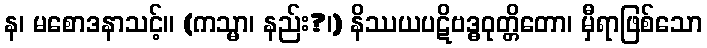
န၊ မစောဒနာသင့်။ (ကသ္မာ၊ နည်း?၊) နိဿယပဋိဗဒ္ဓဝုတ္တိတော၊ မှီရာဖြစ်သော